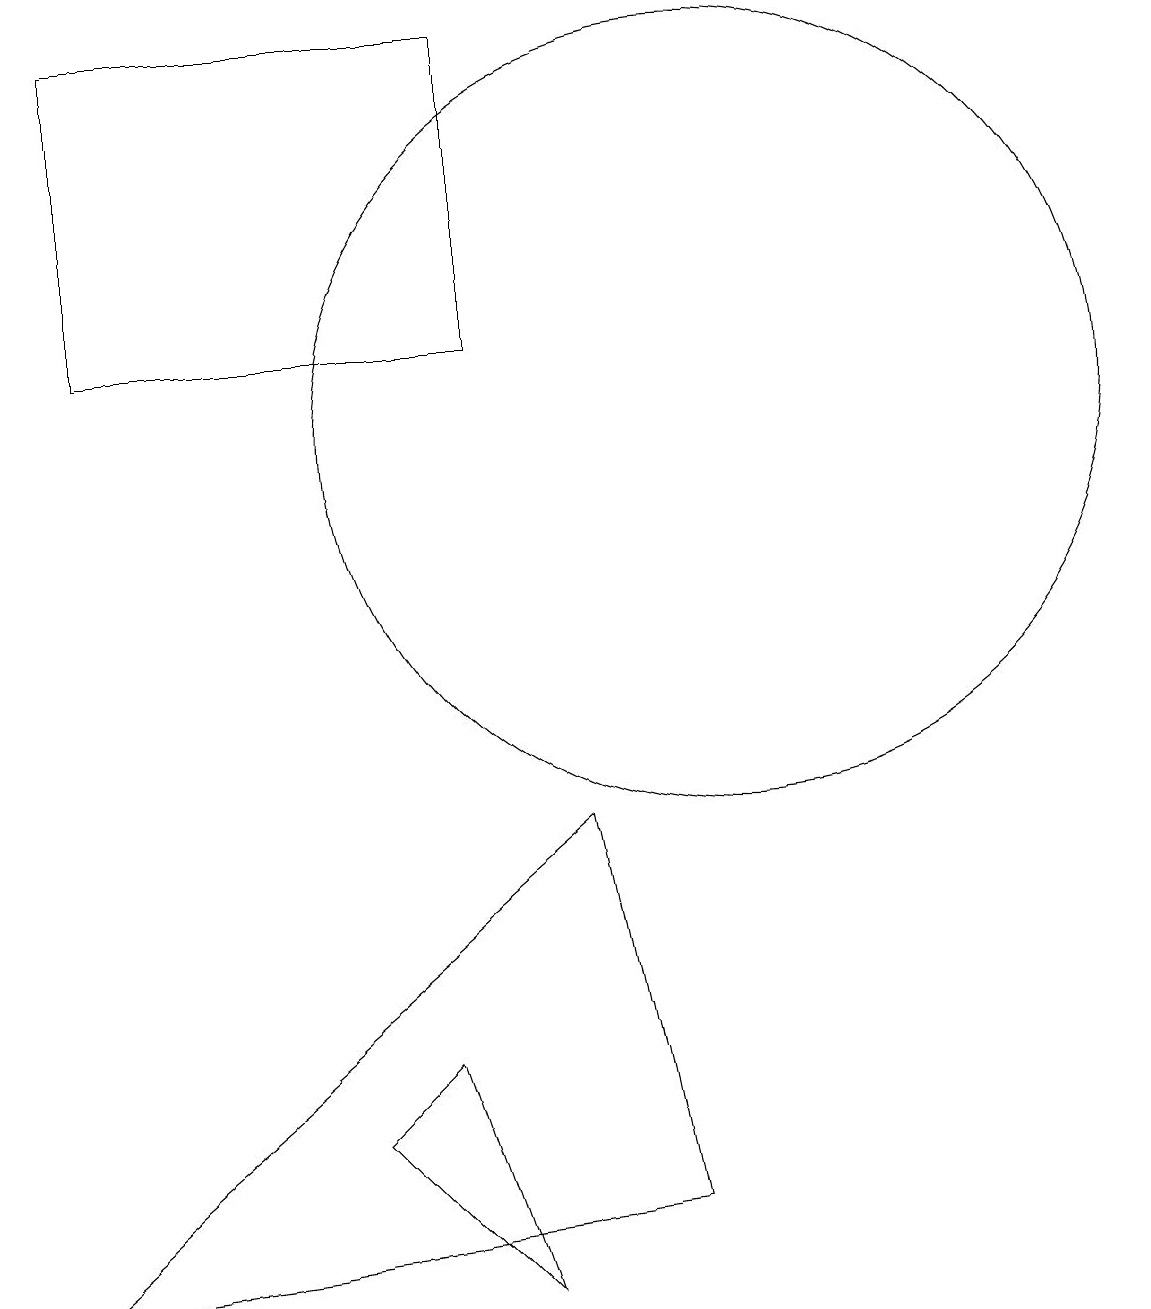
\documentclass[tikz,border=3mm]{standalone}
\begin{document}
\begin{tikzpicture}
\draw (10,12) circle (5);
\draw (2,13) rectangle (7,17);
\draw (8,7) -- (9,2) -- (1,1) -- cycle;
\draw (6,4) -- (5,3) -- (7,1) -- cycle;
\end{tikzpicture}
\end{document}